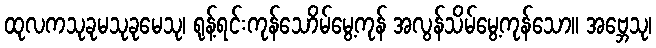
ထုလကသုခုမသုခုမေသု၊ ရုန့်ရင်းကုန်သောိမ်မွေ့ကုန် အလွန်သိမ်မွေ့ကုန်သော။ အဗ္ဘေသု၊